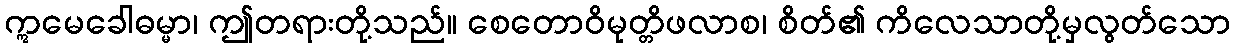
ဣမေခေါဓမ္မာ၊ ဤတရားတို့သည်။ စေတောဝိမုတ္တိဖလာစ၊ စိတ်၏ ကိလေသာတို့မှလွတ်သော